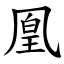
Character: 凰